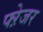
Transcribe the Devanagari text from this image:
फ्ऱेजर